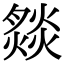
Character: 𤎢